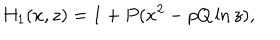
LaTeX: H _ { 1 } ( x , z ) = 1 + P ( x ^ { 2 } - p Q \ln z ) ,